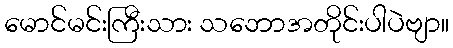
မောင်မင်းကြီးသား သဘောအတိုင်းပါပဲဗျာ။